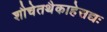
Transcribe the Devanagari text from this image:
शौचेतथैकाहेसद्यः